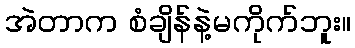
အဲတာက စံချိန်နဲ့မကိုက်ဘူး။